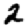
Digit: 2